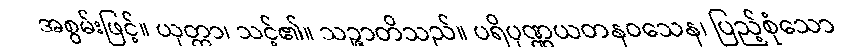
အစွမ်းဖြင့်။ ယုတ္တာ၊ သင့်၏။ သဉ္ဇာတိသည်။ ပရိပုဏ္ဏယတနဝသေန၊ ပြည့်စုံသော